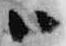
ハ